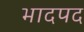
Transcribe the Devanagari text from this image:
भादपद